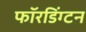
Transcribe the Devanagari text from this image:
फॉरडिंग्टन